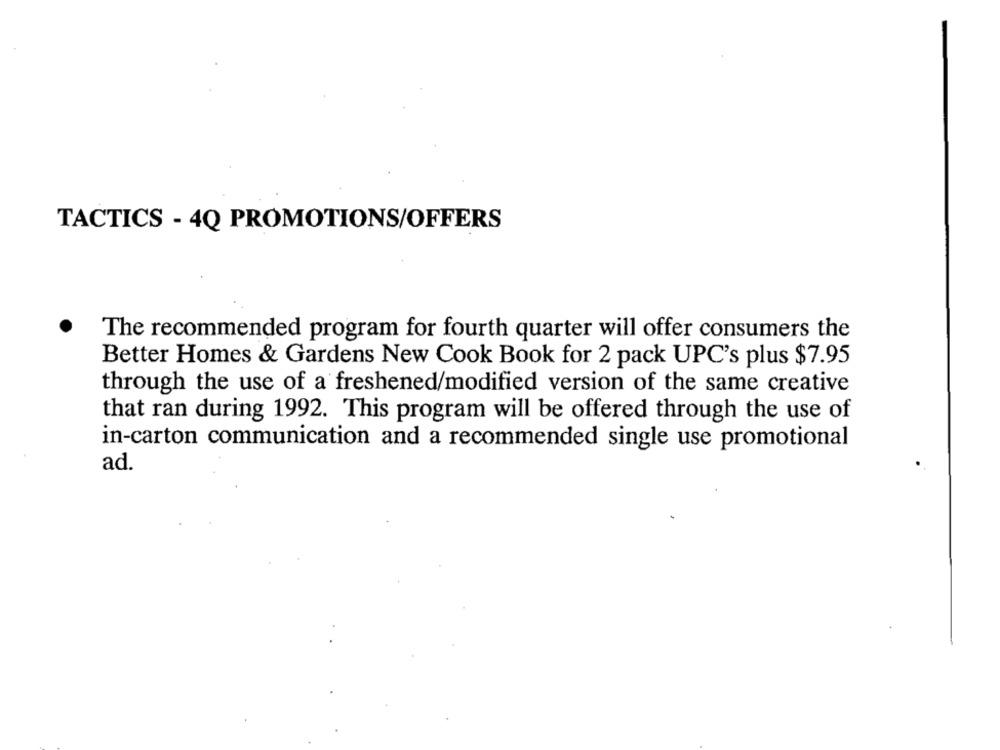
TACTICS - 4Q PROMOTIONS/OFFERS
The recommended program for fourth quarter will offer consumers the
Better Homes & Gardens New Cook Book for 2 pack UPC's plus $7.95
through the use of a freshened/modified version of the same creative
that ran during 1992. This program will be offered through the use of
in-carton communication and a recommended single use promotional
ad.